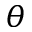
\theta